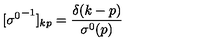
\nonumber [ { \sigma ^ { 0 } } ^ { - 1 } ] _ { k p } = { \frac { \delta ( k - p ) } { \sigma ^ { 0 } ( p ) } }